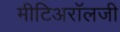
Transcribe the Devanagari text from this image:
मीटिअरॉलजी